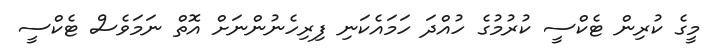
މީގެ ކުރިން ޓެކްސީ ކުރުމުގެ ހުއްދަ ހަމައެކަނި ފިރިހެނުންނަށް އޮތް ނަމަވެސް ޓެކްސީ